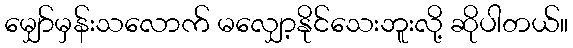
မျှော်မှန်းသလောက် မလျှော့နိုင်သေးဘူးလို့ ဆိုပါတယ်။